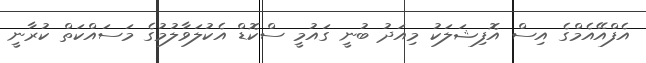
އެފްއޭއެމްގެ އިސް އޮފިޝަލަކު މިއަދު ބުނީ ގައުމީ ސްކޮޑް އެކުލަވާލުމުގެ މަސައްކަތް ކުރާނީ